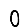
Digit: 0